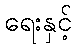
ရေးနှင့်